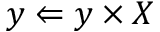
y \Leftarrow y \times X